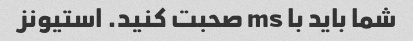
شما باید با ms صحبت کنید. استیونز